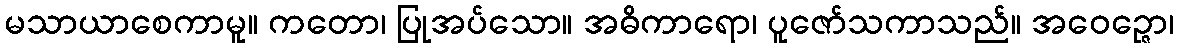
မသာယာစေကာမူ။ ကတော၊ ပြုအပ်သော။ အဓိကာရော၊ ပူဇော်သကာသည်။ အဝေဉ္ဇော၊